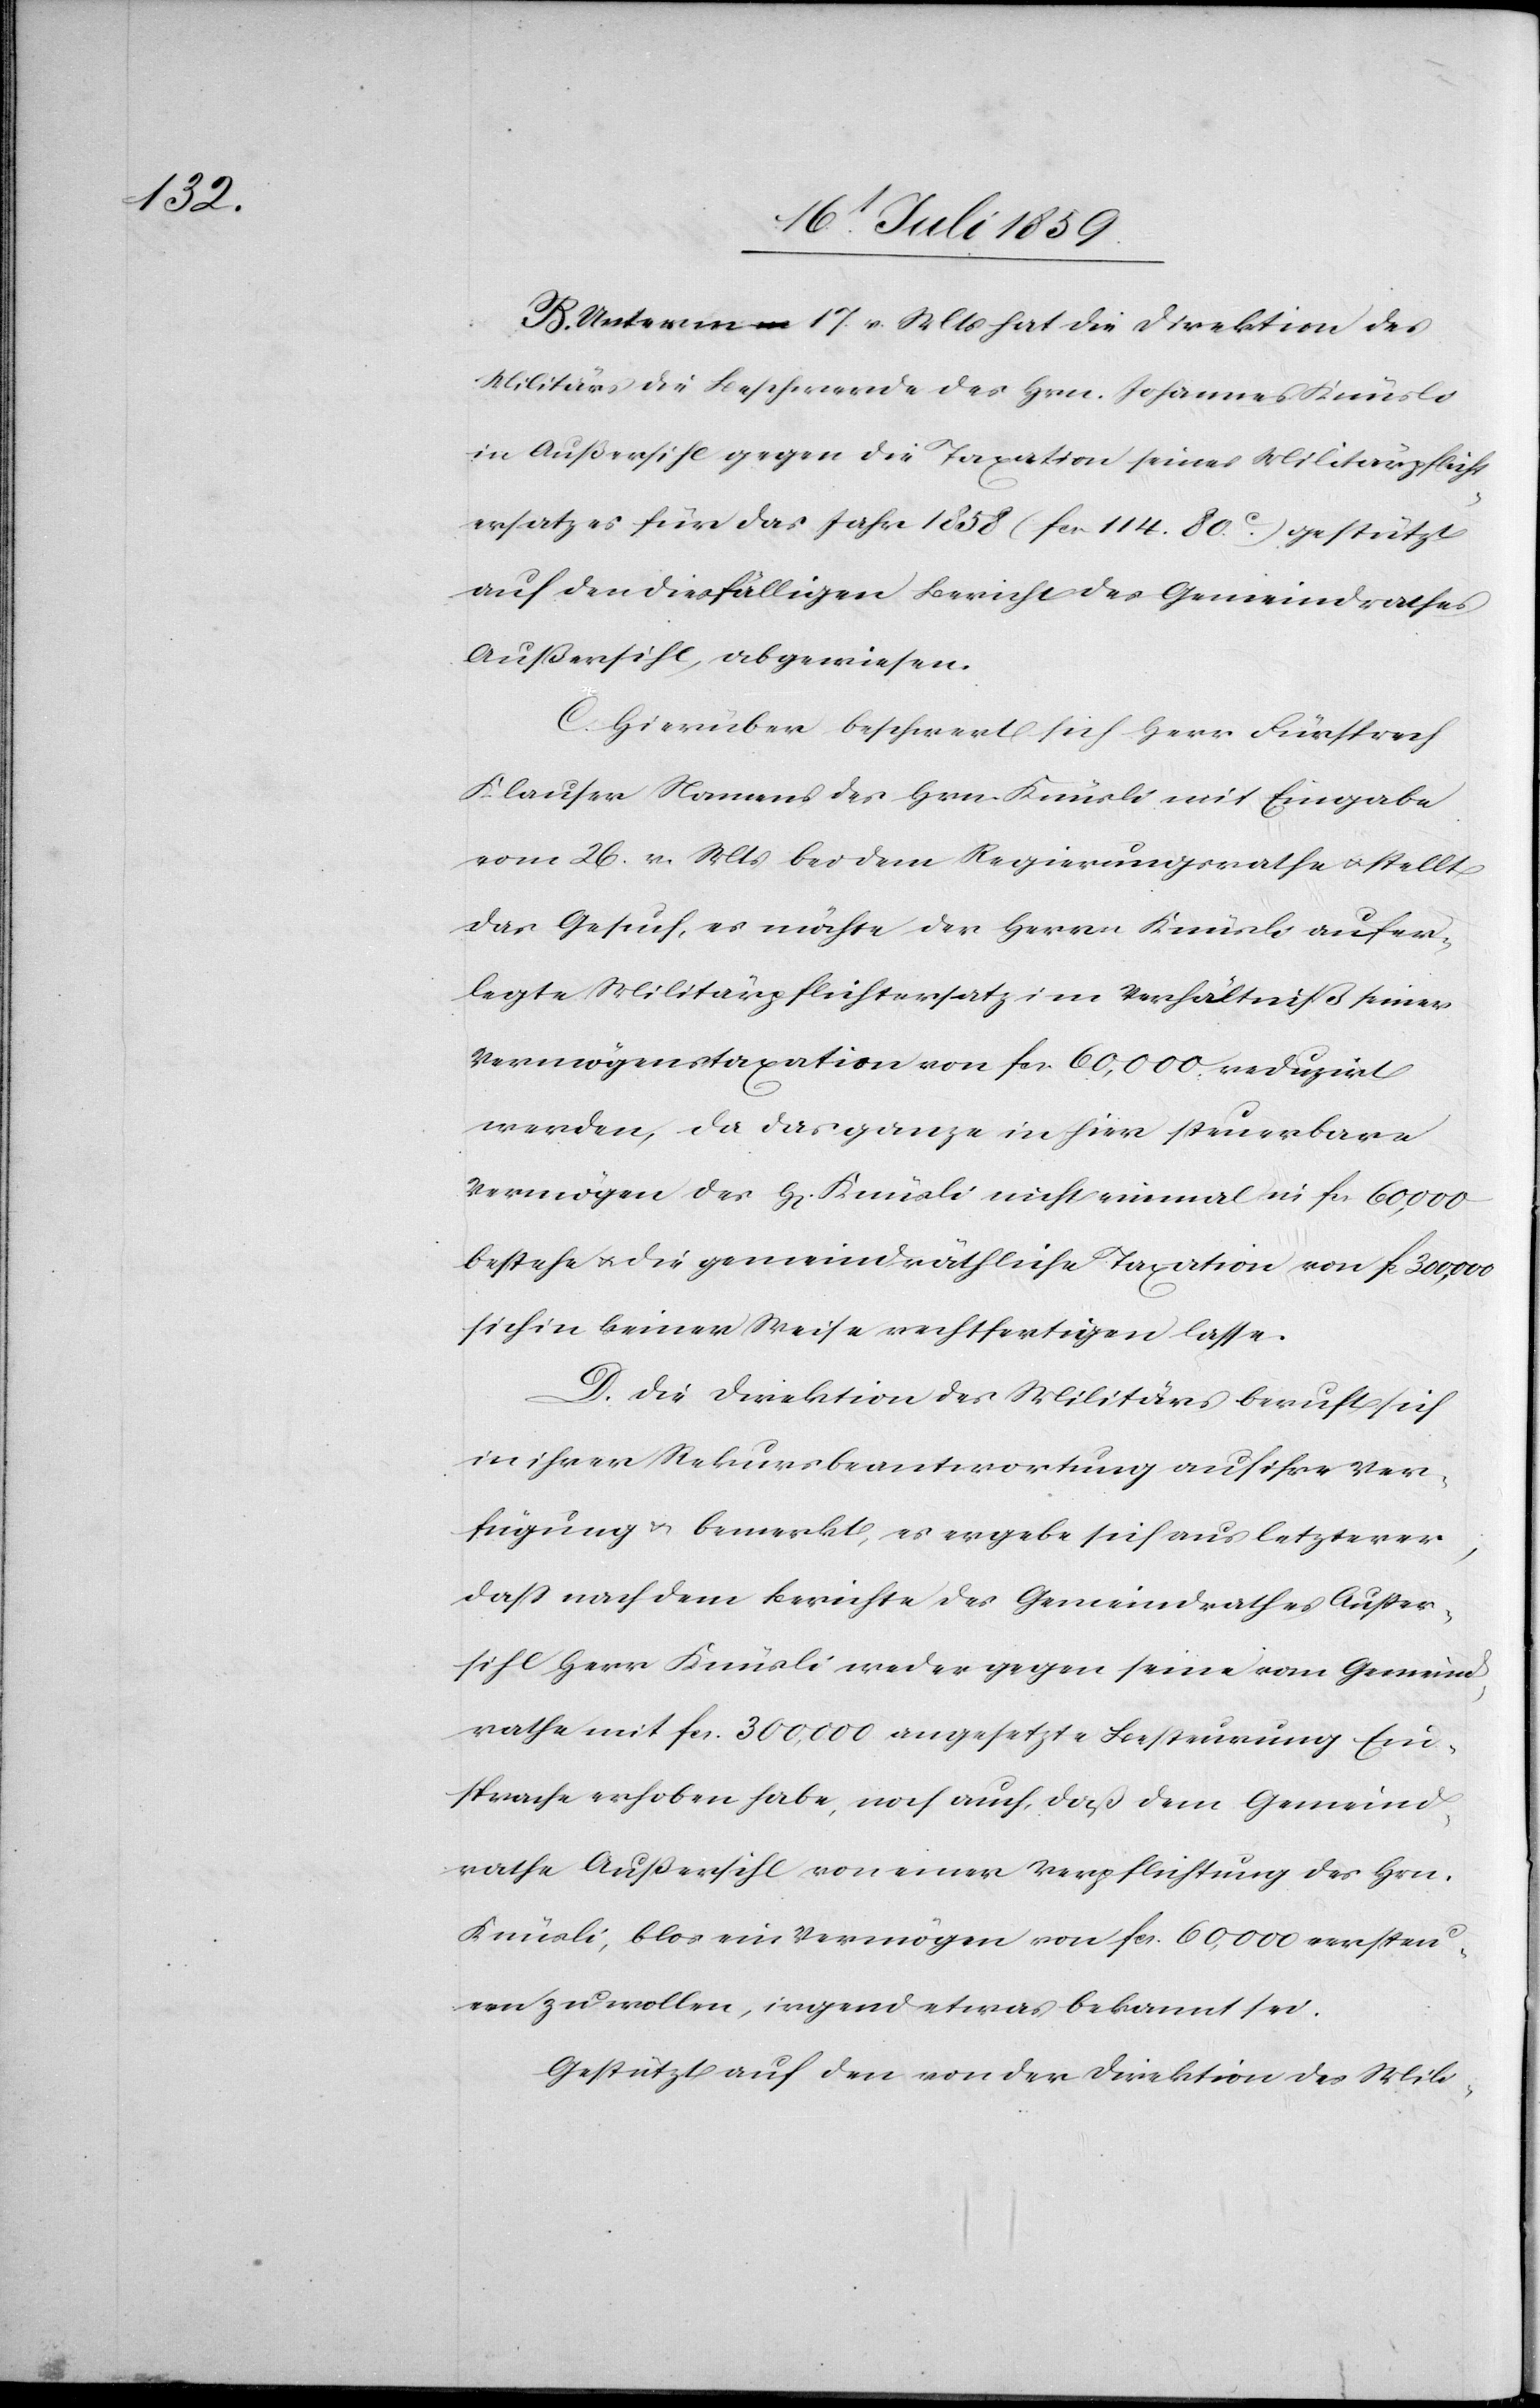
B. Unterm 17. v. Mts. hat die Direktion des
Militärs die Beschwerde des Hrn. Johannes Knüsli
in Außersihl gegen die Taxation seines Militärpflicht¬
ersatzes für das Jahr 1858 (fcs. 114. 80c.) gestützt
auf den diesfälligen Bericht des Gemeindrathes
Außersihl abgewiesen.
C. Hierüber beschwert sich Herr Fürsprech
Klauser Namens des Hrn. Knüsli mit Eingabe
vom 26. v. Mts. bei dem Regierungsrathe u. stellt
das Gesuch, es möchte der Herrn Knüsli aufer¬
legte Militärpflichtersatz im Verhältniß seiner
Vermögenstaxation von fcs. 60,000 reduzirt
werden, da das ganze in hier steuerbare
Vermögen des H[errn] Knüsli nicht einmal in fcs. 60,000
bestehe u. die gemeindräthliche Taxation von f. 300,000
sich in keiner Weise rechtfertigen lasse.
D. Die Direktion des Militärs beruft sich
in ihrer Rekursbeantwortung auf ihre Ver¬
fügung u. bemerkt, es ergebe sich aus letzterer
daß nach dem Berichte des Gemeindrathes Außer¬
sihl Herr Knüsli weder gegen seine vom Gemeind¬
rathe mit fcs. 300,000 angesetzte Besteuerung Ein¬
sprache erhoben habe, noch auch, daß dem Gemeind¬
rathe Außersihl von einer Verpflichtung des Hrn.
Knüsli, blos ein Vermögen von fcs. 60,000 versteu¬
ren zu wollen, irgend etwas bekannt sei.
Gestützt auf den von der Direktion des Mili-